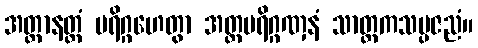
အတ္ထာနတ္ထံ ပရိဂ္ဂဟေတွာ အတ္ထပရိဂ္ဂဏှနံ သာတ္ထကသမ္ပဇညံ။